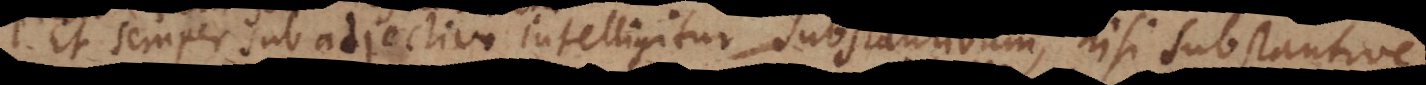
Et semper sub adjectivo intelligitur [accidens,] nisi substantive